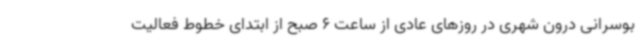
بوسرانی درون شهری در روزهای عادی از ساعت 6 صبح از ابتدای خطوط فعالیت